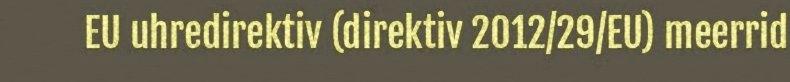
EU uhredirektiv (direktiv 2012/29/EU) meerrid